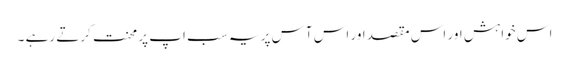
اس خواہش اور اس مقصد اور اس آس پر یہ سب اپ پر محنت کرتے رہے ۔